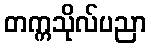
တက္ကသိုလ်ပညာ